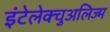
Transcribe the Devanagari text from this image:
इंटेलेक्चुअलिज्म